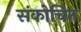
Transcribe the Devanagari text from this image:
संकोचित